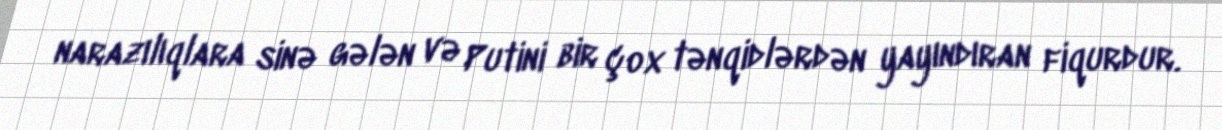
narazılıqlara sinə gələn və Putini bir çox tənqidlərdən yayındıran fiqurdur.